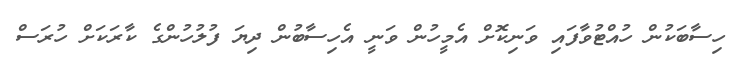
ހިސާބަކުން ހުއްޓުވާފައި ވަނިކޮށް އެމީހުން ވަނީ އެހިސާބުން ދިޔަ ފުލުހުންގެ ކާރަކަށް ހުރަސް